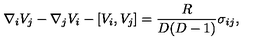
\nabla _ { i } V _ { j } - \nabla _ { j } V _ { i } - [ V _ { i } , V _ { j } ] = \frac { R } { D ( D - 1 ) } \sigma _ { i j } ,